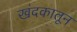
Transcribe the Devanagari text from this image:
खंदकातून